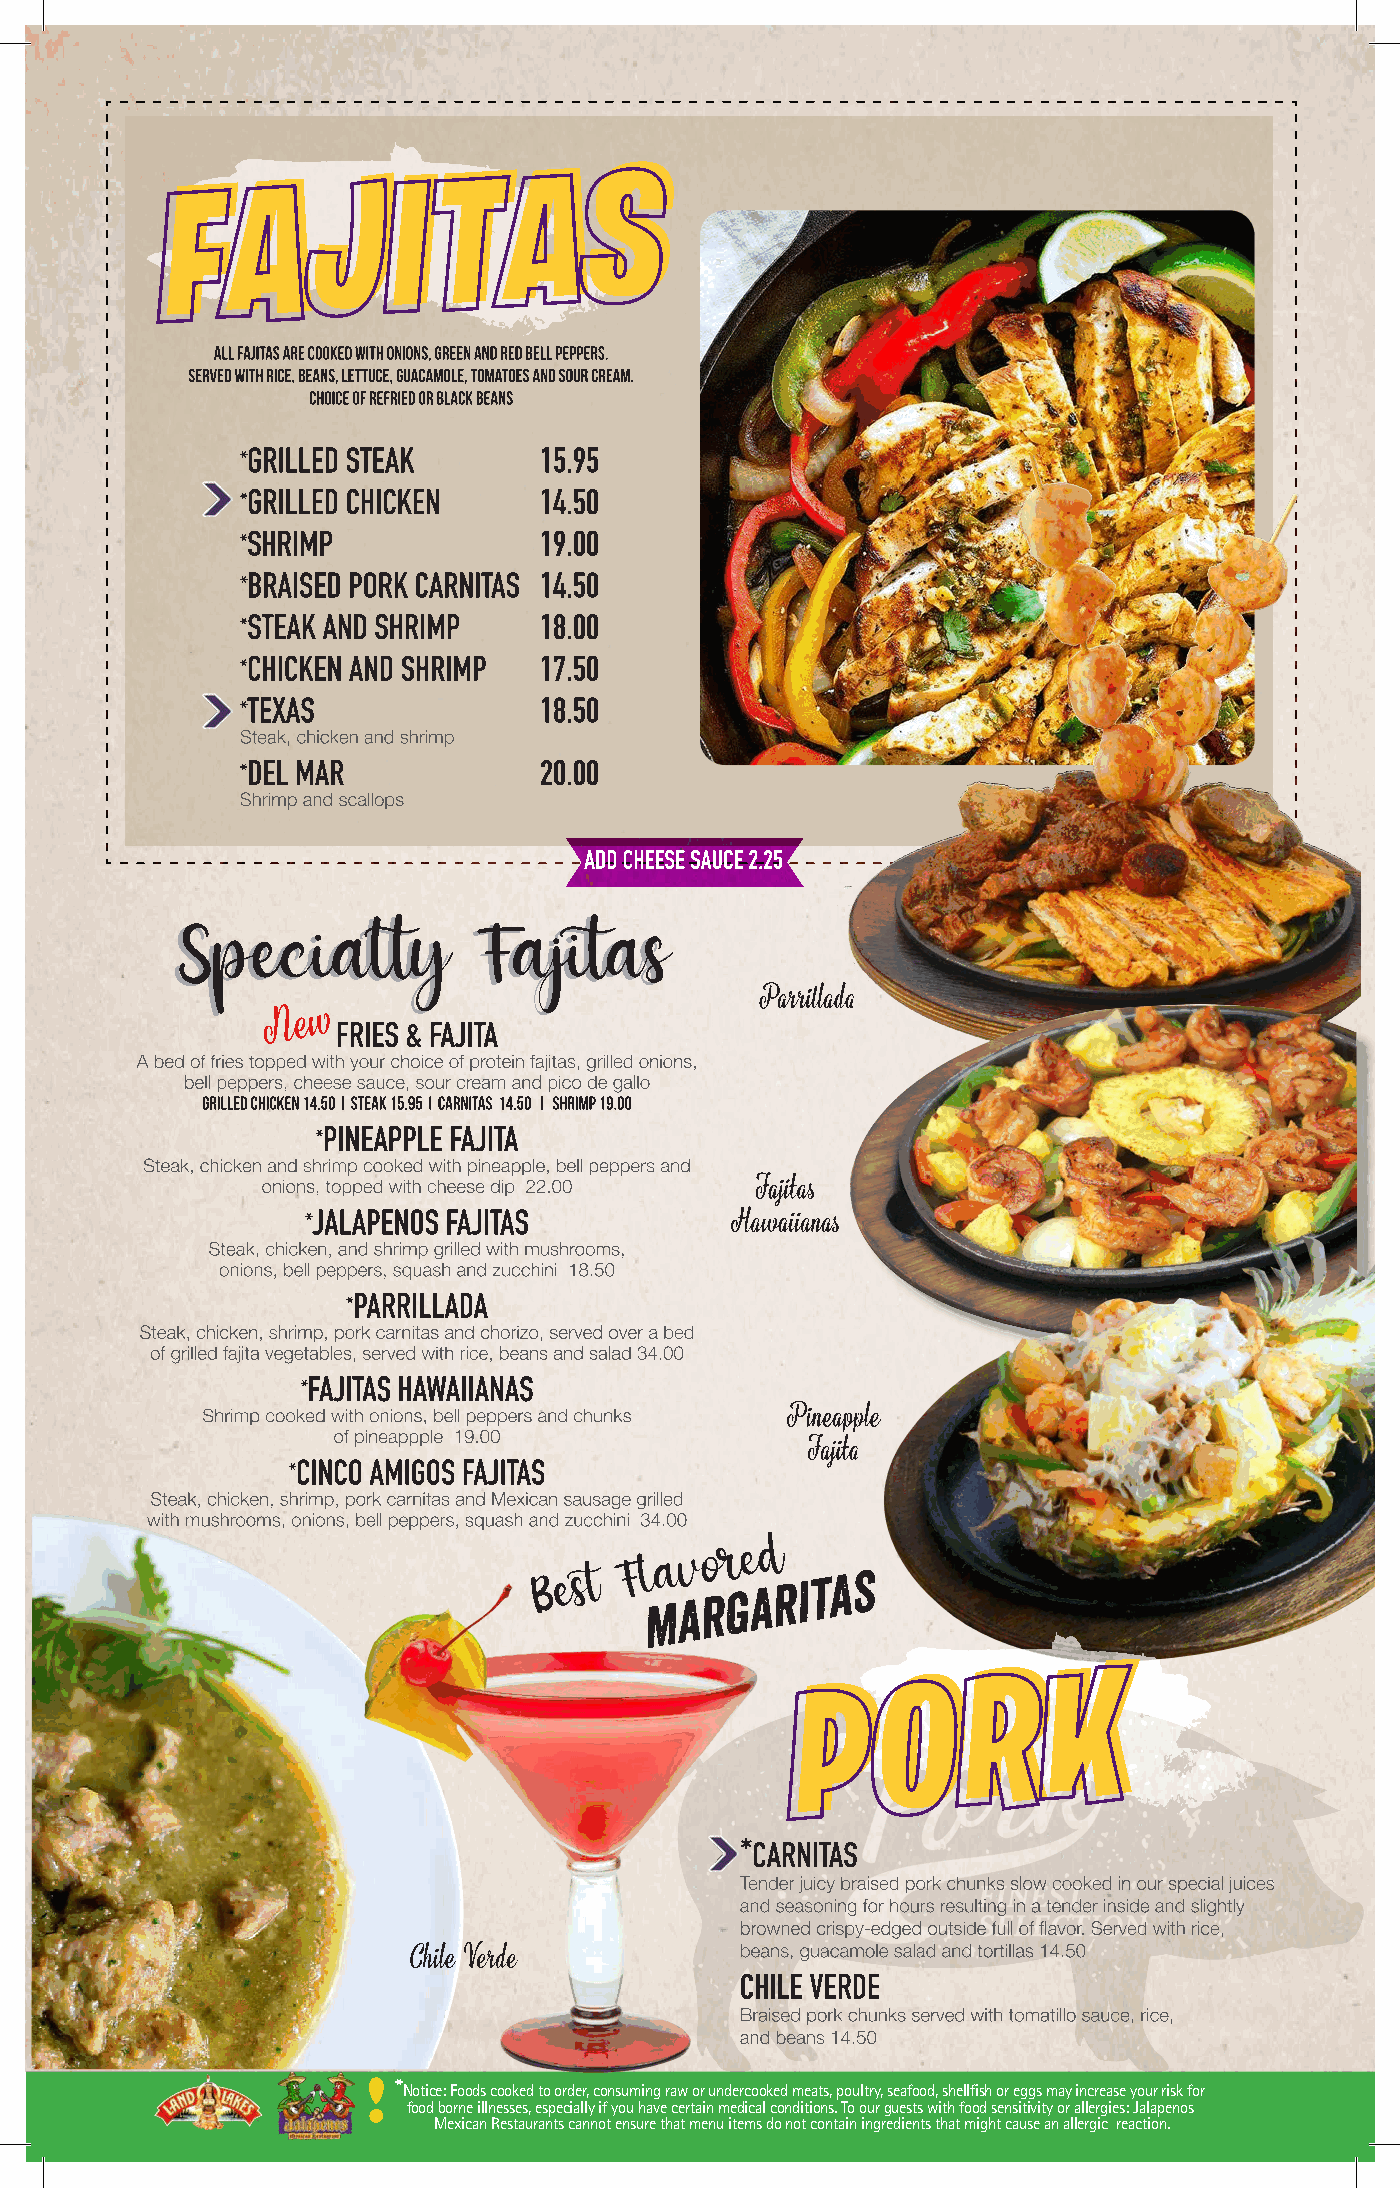
! *
 Notice: Foods cooked to order, consuming raw or undercooked meats, poultry, seafood, shellfish or eggs may increase your risk for
 food borne illnesses, especially if you have certain medical conditions. To our guests with food sensitivity or allergies: Jalapenos
 Mexican Restaurants cannot ensure that menu items do not contain ingredients that might cause an allergic reaction.